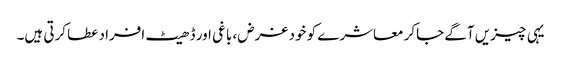
یہی چیزیں آگے جاکر معاشرے کو خود غرض، باغی اور ڈھیٹ افراد عطا کرتی ہیں۔